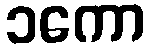
၁ကော